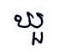
ឃួ